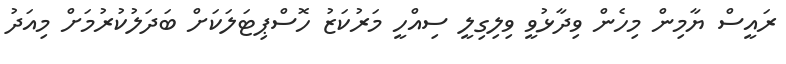
ރައީސް ޔާމިން މިހެން ވިދާޅުވީ ވިލިގިލީ ސިއްހީ މަރުކަޒު ހޮސްޕިޓަލަކަށް ބަދަލުކުރުމަށް މިއަދު